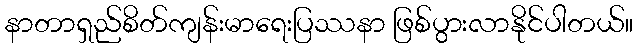
နာတာရှည်စိတ်ကျန်းမာရေးပြဿနာ ဖြစ်ပွားလာနိုင်ပါတယ်။